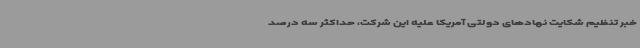
خبر تنظیم شکایت نهادهای دولتی آمریکا علیه این شرکت، حداکثر سه درصد